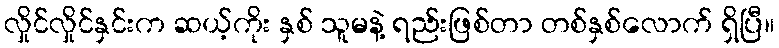
လှိုင်လှိုင်နှင်းက ဆယ့်ကိုး နှစ် သူမနဲ့ ရည်းဖြစ်တာ တစ်နှစ်လောက် ရှိပြီ။